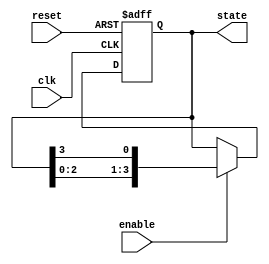
module variable_length_ring_counter #(
    parameter N = 4  // Default length of the ring counter
)(
    input wire clk,       // Clock input
    input wire reset,     // Reset input
    input wire enable,    // Enable input
    output reg [N-1:0] state // Current state output
);

// Initial state for the counter
initial begin
    state = {N-1{1'b0}}; // Initialize all bits to 0
    state[0] = 1'b1;     // Set the least significant bit to 1
end

// Always block for state transition
always @(posedge clk or posedge reset) begin
    if (reset) begin
        // Reset to initial state
        state <= {N-1{1'b0}}; // Initialize all bits to 0
        state[0] <= 1'b1;     // Set the least significant bit to 1
    end else if (enable) begin
        // Shift the '1' bit to the right and wrap around
        state <= {state[N-2:0], state[N-1]}; // Shift right and wrap
    end
end

endmodule